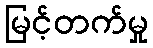
မြင့်တက်မှု